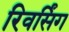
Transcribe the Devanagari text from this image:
रिवर्सिंग